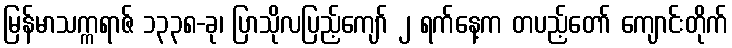
မြန်မာသက္ကရာဇ် ၁၃၃၈-ခု၊ ပြာသိုလပြည့်ကျော် ၂ ရက်နေ့က တပည့်တော် ကျောင်းတိုက်